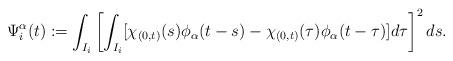
LaTeX: \begin{align*}\Psi_i^\alpha(t):=\int_{I_i} \left[\int_{I_i} [\chi_{(0,t)}(s)\phi_\alpha(t-s)-\chi_{(0,t)}(\tau)\phi_\alpha(t-\tau)]d\tau \right]^2ds.\end{align*}